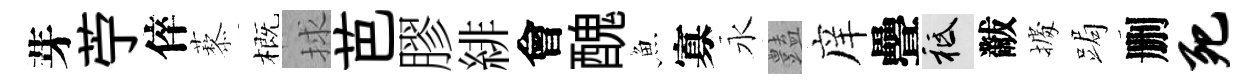
芽苧倅藜概捄芭膠緋會醜魚寡永𧰟庠疊祇黻𢴃跼删死